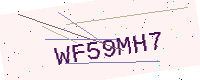
Text: WF59MH7